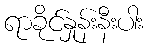
ရာခိုင်နှုန်းနီးပါး